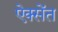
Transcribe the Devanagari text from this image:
ऐक्सेंत